Civil Veterinary Dept. North-West Frontier Province 1901-22 - 1901-1922
Year: 1901
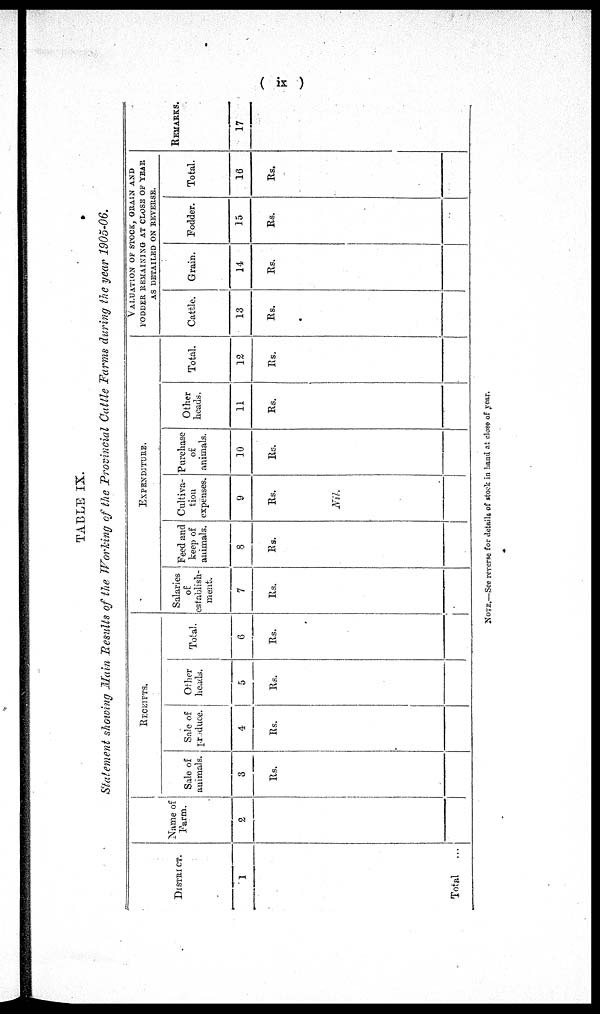
( ix )
TABLE IX.
Statement showing Main Results of the Working of the Provincial Cattle Farms during the year 1905-06.
DISTRICT.
1
Total ...
RECEIPTS.
Name of
Farm.
2
Sale of
animals.
3
Rs.
Sale of
Produce.
4
Rs.
Other
heads.
5
Rs.
Total.
6
Rs.
EXPENDITURE.
Salaries
of
establish¬
ment.
7
Rs.
Feed and
keep of
animals.
8
Rs.
Cultiva-
tion
expenses.
9
Rs.
Nil.
Purchase
of
animals.
10
Rs.
Other
heads.
11
Rs.
Total.
12
Rs.
VALUATION OF STOCK, GRAIN AND
FODDER, REMAINING AT CLOSE OF YEAR
AS DETAILED ON REVERSE.
Cattle.
13
Rs.
Grain.
14
Rs.
Fodder.
15
Rs.
Total.
16
Rs.
REMARKS.
17
NOTE.—See reverse for details of stock in hand at close of year.